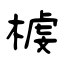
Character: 榩